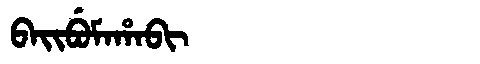
Manchu: ᠪᠠᡳᠪᡠᠮᠠᡥᠠᠪᡳ
Romanization: BAIBUMAHABI